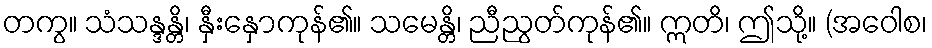
တကွ။ သံသန္ဒန္တိ၊ နှီးနှောကုန်၏။ သမေန္တိ၊ ညီညွတ်ကုန်၏။ ဣတိ၊ ဤသို့။ (အဝေါစ၊